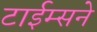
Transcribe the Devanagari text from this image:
टाईम्सने